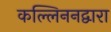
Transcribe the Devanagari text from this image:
कल्लिननद्वारा